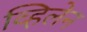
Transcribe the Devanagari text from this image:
व्हिलेन